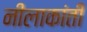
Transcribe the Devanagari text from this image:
नीलाकांती